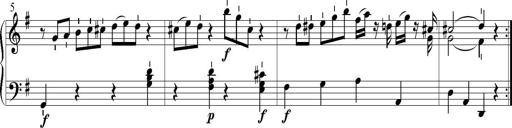
Title: 6 Leichte Sonatinen, Teil 1
Composer: F. Sigismund Sander